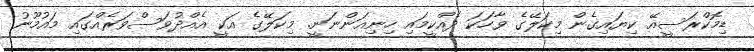
ޑިމޮކްރަސީއޭ ކިޔައިގެން މިކަލޭގެ ވާހަކަ ދެއްކީމައި ހިނިއަންނަނީ. މިކަލޭގެ އަކީ އެއްދުވަސްވަރެއްގައި މައުމޫނު